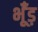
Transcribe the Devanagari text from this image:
भूँड़